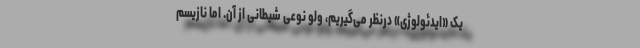
یک «ایدئولوژی» درنظر می‌گیریم، وَلو نوعی شیطانی از آن. اما نازیسم